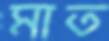
মাত